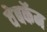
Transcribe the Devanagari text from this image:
वेबकॅम